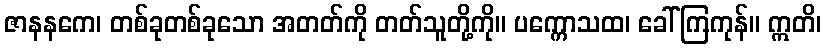
ဇာနနကေ၊ တစ်ခုတစ်ခုသော အတတ်ကို တတ်သူတို့ကို။ ပက္ကောသထ၊ ခေါ်ကြကုန်။ ဣတိ၊